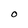
Character: O